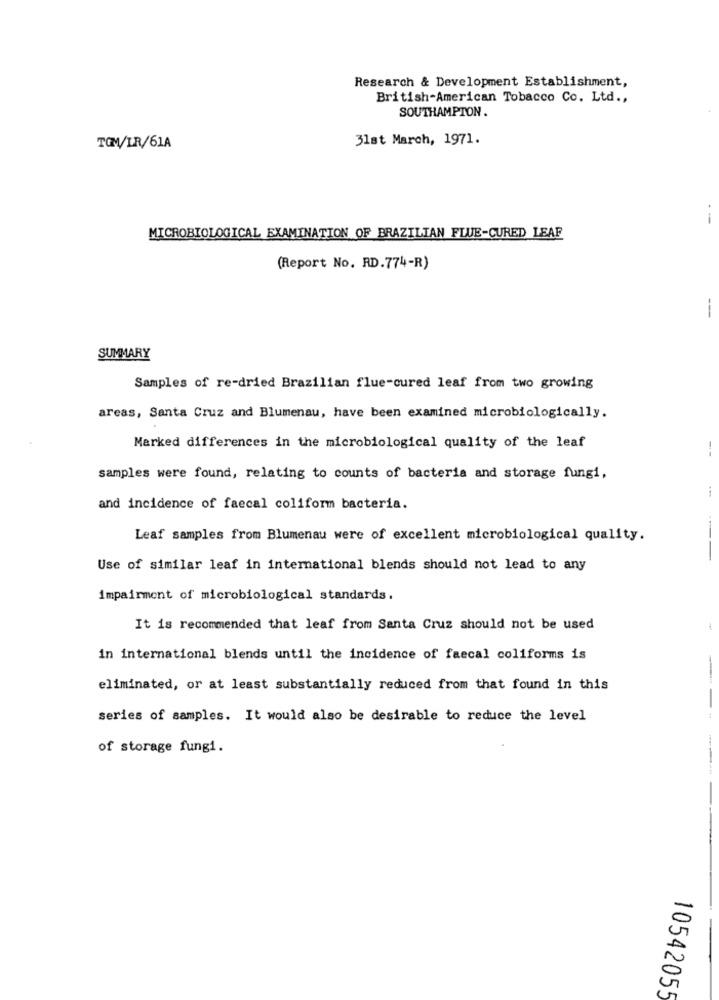
Research & Development Establishment,
British-American Tobacco Co. Ltd .,
SOUTHAMPTON.
31st March, 1971.
TOM/LR/61A
--
MICROBIOLOGICAL EXAMINATION OF BRAZILIAN FLUE-CURED LEAF
(Report No. RD.774-R)
--
SUMMARY
Samples of re-dried Brazilian flue-cured leaf from two growing
areas, Santa Cruz and Blumenau, have been examined microbiologically.
Marked differences in the microbiological quality of the leaf
samples were found, relating to counts of bacteria and storage fungi,
and incidence of faecal coliform bacteria.
Leaf samples from Blumenau were of excellent microbiological quality.
---
Use of similar leaf in international blends should not lead to any
impairment of microbiological standards.
It is recommended that leaf from Santa Cruz should not be used
in international blends until the incidence of faecal coliforms is
eliminated, or at least substantially reduced from that found in this
--
series of samples. It would also be desirable to reduce the level
of storage fungi.
10542055